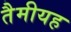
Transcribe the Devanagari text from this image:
तैमीयह